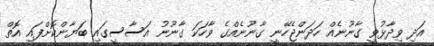
އަދި ވިދާޅުވީ ގާނޫނެއް ހަދަންޖެހޭނީ ގާނޫނެއްގެ ވާހަކަ ގާނޫނު އަސާސީގައި ބަޔާންކޮށްފައި އޮތް